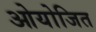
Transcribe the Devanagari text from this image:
ओयोजित